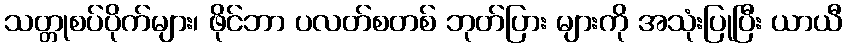
သတ္တုစပ်ပိုက်များ၊ ဖိုင်ဘာ ပလတ်စတစ် ဘုတ်ပြား များကို အသုံးပြုပြီး ယာယီ